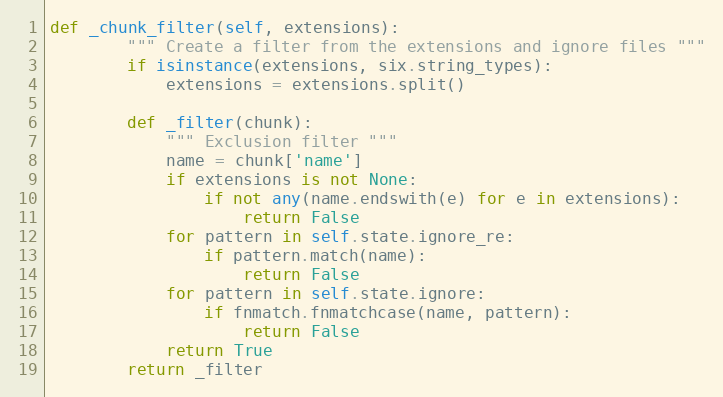
Language: Python
def _chunk_filter(self, extensions):
        """ Create a filter from the extensions and ignore files """
        if isinstance(extensions, six.string_types):
            extensions = extensions.split()

        def _filter(chunk):
            """ Exclusion filter """
            name = chunk['name']
            if extensions is not None:
                if not any(name.endswith(e) for e in extensions):
                    return False
            for pattern in self.state.ignore_re:
                if pattern.match(name):
                    return False
            for pattern in self.state.ignore:
                if fnmatch.fnmatchcase(name, pattern):
                    return False
            return True
        return _filter